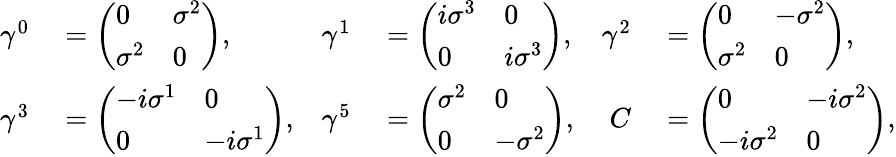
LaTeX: \begin{array}{rlrlrl}{\gamma^{0}}&{{}={\left(\begin{array}{ll}{0}&{\sigma^{2}}\\ {\sigma^{2}}&{0}\end{array}\right)},}&{\gamma^{1}}&{{}={\left(\begin{array}{ll}{i\sigma^{3}}&{0}\\ {0}&{i\sigma^{3}}\end{array}\right)},}&{\gamma^{2}}&{{}={\left(\begin{array}{ll}{0}&{-\sigma^{2}}\\ {\sigma^{2}}&{0}\end{array}\right)},}\\ {\gamma^{3}}&{{}={\left(\begin{array}{ll}{-i\sigma^{1}}&{0}\\ {0}&{-i\sigma^{1}}\end{array}\right)},}&{\gamma^{5}}&{{}={\left(\begin{array}{ll}{\sigma^{2}}&{0}\\ {0}&{-\sigma^{2}}\end{array}\right)},}&{C}&{{}={\left(\begin{array}{ll}{0}&{-i\sigma^{2}}\\ {-i\sigma^{2}}&{0}\end{array}\right)},}\end{array}